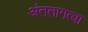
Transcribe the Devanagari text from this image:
अंततागत्वा